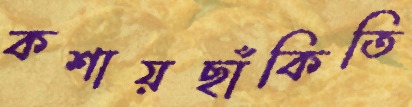
কশায়ছাঁকিতি